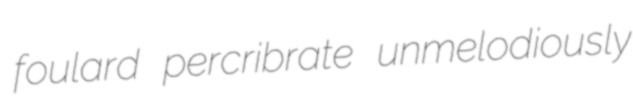
foulard percribrate unmelodiously